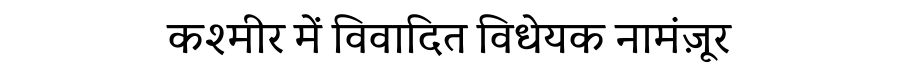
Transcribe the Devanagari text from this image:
कश्मीर में विवादित विधेयक नामंज़ूर